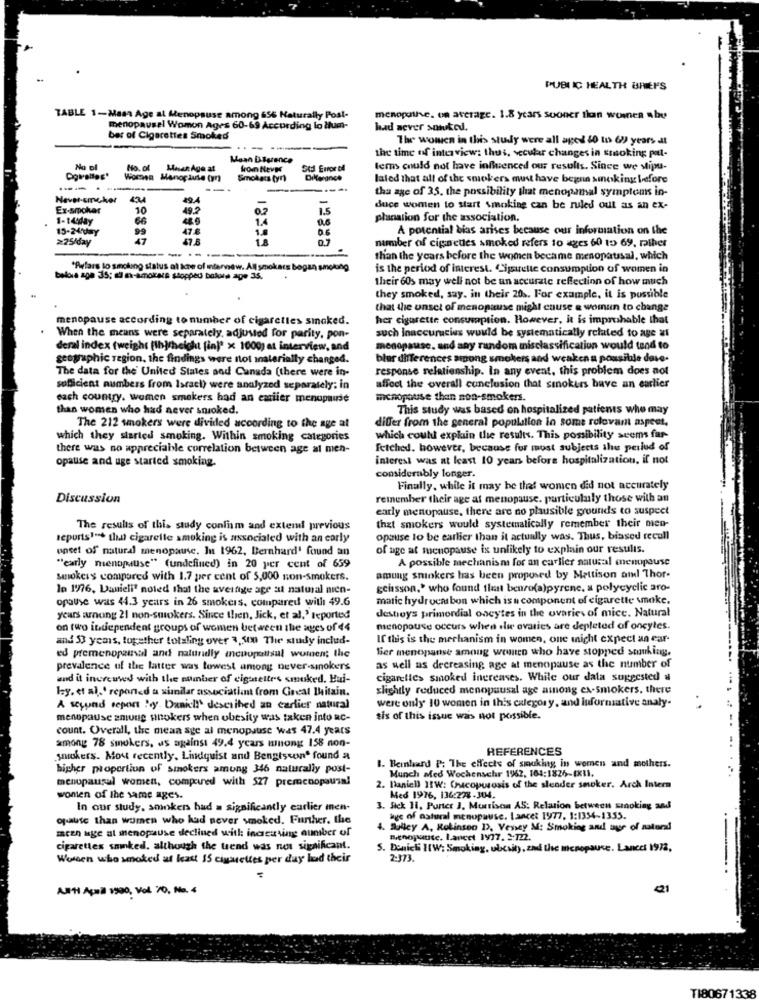
PUBLIC HEALTH BRIEFS
TABLE 1-Mass Age al Menopause among 656 Naturally Post-
menopenthe. on average. 1.8 years sooner than women aby
menopausal Womon Ages 60-69 According lo tum-
had never sawked.
ber of Cigarettes Smoked
The women in this study were all ages $0 to 6) years dl
Maan Dlarence
the time of interview: the i, secular changes in smoking put-
No pl
No. of
Men Age at
from Never
terms could not have influenced our results. Since we siju-
Women Manopluse (y)
Smokers tyn)
Dilerance
laled that all of the smokers must have begna smoking before
--
tha age of 35. the possibility that menopamal symptoms in-
Hever-smoker
Ex-smoker
10
49.2
02
1.5
duce women to start smoking can be ruled out as an ex-
1-14day
66
0.6
planation for the association.
15-24day
99
47.6
1.4
A potential bias arises because our information on the
≥25/day
47
47.8
LA
number of cigarettes smoked refers to ages 60 to 69, rather
-----
-
than the years before the women became menopausal, which
*Refars lo smoking status al kre of interview. All smokers bogan smoking
is the period of interest. Cigarette consumption of women in
belora age 35; ad m-amorale stopped bokara age 35.
their 60s may well not be an accurate reflection of how much
they smoked, say. in their 20 .. For example, it is possible
that the unset of menopause might cause & womun to change
menopause according to number of cigarettes smoked.
her cigarette consumption. However, it is improbable that
such Inaccuracies would be systematically related to age al
When the means were separately, adjusted for parity, pon-
deral index (weighs (lhjmheight [in]" × 1000; at interview, and
menopause. and any random misclassification would tend to
geographic region, the findings were not inalerially changed.
blur differences among smokers and weaken a possible dave.
The data for the United States and Canada (there were in-
response relationship. In any event, this problem does not
sufficient numbers from Israel) were analyzed separately: in
affect the overall conclusion that smokers have an earlier
each country. women smakers had an emiier menopause
menopause than non-smokers.
than women who had never smoked.
This study was based on hospitalized patients who may
differ from the general population in some rolovam aspect,
The 212 whokers were divided according to the age at
which they started smoking. Within smoking categories
which could expkiin the results. This possibility seems far-
there was no appreciable correlation between age at men-
Fetched. however, because fur must subjects the perlud of
opause and uge started smoking.
interest was at least 10 years before hospitalization, if not
considerably longer.
Finally, while it may be that women did not accurately
Discussion
remember their age at menopause. particularly those with an
early menopause, there are no plausible grounds to suspect
The results of this study conlism and extend previous
that smokers would systematically remember their men-
reports""* that cigarette smoking is associated with an early
opause to be earlier than it actually was. Thus, biased recull
onset of natural menopause. In 1962, Bernhard' found an
of age at menopause is unlikely to explain our results.
A possible mechanism for an carlier natural menopause
"early menopause" (undefined) in 20 per cent of 659
Smokers compared with 1.7 per cent of 5,000 non-smokers.
among smokers has been proposed by Mattison amdl Thor-
le 1976, Danieli' noted that the avertige age at natural mien-
geissson." who found that benro(a)pyrene, a polycyclic aro-
opause was 44.3 years in 26 smokers. compared with 49.6
matic hydrocarbon which is a component of cigarette woke.
years arnung 21 non-smokers. Since then, Jick, et al,' reported
destroys primordial oncytes in the ovaries of mice. Natural
on two itadependent groups of women between the ages of 44
menopause occurs when slie ovaries are depleted of oncytes.
and 53 years, together totaling over 3,500 The study includ-
If this is the mechanism in women, one might expect an ear-
Ser menopanse among weuro who have stopped stuking.
ed premenopaunul and naturaly ancpupattsul women; the
prevalence of the latter was lowest among never-smokers
as well as decreasing age at menopause as the number of
and it increuses with the number of cigarette's smoked. Hui-
cigarettes smoked increases. While our data suggested al
ley. et al.º reponed a similar associatimmt from Great Mitain.
slightly reduced menopausal age among ex-smokers, there
were only 10 women in this category, and informative analy-
A seyund report "y. Danicl!' described an carlier natural
menopause amung unokers when obesity was taken into ac-
sis of this issue was not possible.
count. Overall, the mean age al menopause was 47.4 years
among 78 smokers, as against 49.4 years among 158 non-
REFERENCES
snickers. Mout recently, Lindquist and Bengtsson' found a
higher proportion of smokers amung 346 naturally post-
1. Bernhard P: The effects of smuking in women and mothers.
Munch afed Wochensehr 19%2, 164:1826-[X11.
menopausal women, compared with 527 premenopausa!
2. Daniel) 11W: Cucoporosis of the slender smoker. Arch Intern
wonien of the same ages.
Med 1976, 136:278 -304.
In our study, sonkers had a significantly earlier men-
3. Sick 11. Puntce ), Murrison AS: Relation between smoking and
opause than women who had never smoked. Further. the
age of natural menopause. Lance: 1977. 1:1354-1353.
mren age al menopause declined with increasing number of
4. Sulley A. Robinson D), Vensey M: Smoking and age of natund
menopause. Lancet 1977. 2:722.
cigarettes sainked. although the trend was not significant.
S. Deniels I(W: Smoking, ubcsit), and the menopause. Lancet 1972,
Women who smoked at least IS cipquettes per day lad their
2-373.
AHI Aquil 1990, Vol 70, No. 4
21
TI8067
1338